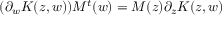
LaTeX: ( \partial _ { w } K ( z , w ) ) { \cal M } ^ { t } ( w ) = { \cal M } ( z ) \partial _ { z } K ( z , w )